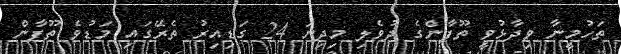
ތަހުމީނާ ވިދާޅުވީ ތޫފާންގެ ދުވެލި މިދިޔަ 24 ގަޑިއިރު ތެރޭގައި މަޑުވެ ތޫފާން